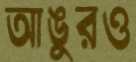
আঙুরও